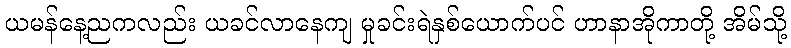
ယမန်နေ့ညကလည်း ယခင်လာနေကျ မှုခင်းရဲနှစ်ယောက်ပင် ဟာနာအိုကာတို့ အိမ်သို့